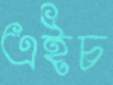
এইচ